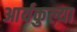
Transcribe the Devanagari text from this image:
आर्यकुल्या